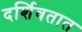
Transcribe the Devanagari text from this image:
दर्शिवतात